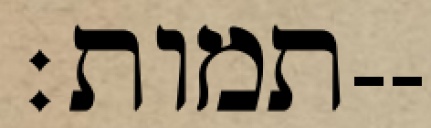
תמות׃--